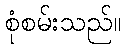
စုံစမ်းသည်။